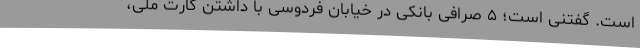
است. گفتنی است؛ ۵ صرافی بانکی در خیابان فردوسی با داشتن کارت ملی،